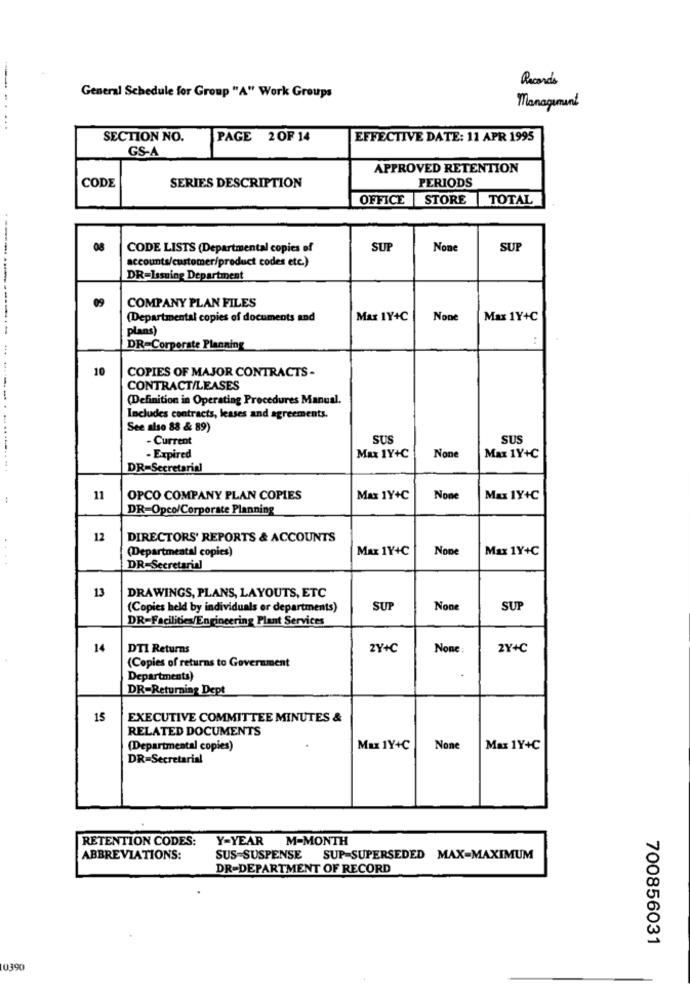
Recordo
General Schedule for Group "A" Work Groups
Management
SECTION NO.
PAGE 2OF 14
EFFECTIVE DATE: 11 APR 1995
GS-A
APPROVED RETENTION
CODE
PERIODS
SERIES DESCRIPTION
OFFICE STORE TOTAL
08
CODE LISTS (Departmental copies of
SUP
SUP
accounts/customer/product codes etc.)
DR=Issuing Department
COMPANY PLAN FILES
(Departmental copies of documents and
Max 1Y+C
Max 1Y+C
------ ----------
plans)
DR=Corporate Planning
10
COPIES OF MAJOR CONTRACTS -
CONTRACT/LEASES
(Definition in Operating Procedures Manual.
Includes contracts, leases and agreements.
See also 88 & 89)
- Current
SUS
SUS
- Expired
Max 1Y+C
Max 1Y+C
---------- -----.....
DR=Secretarial
:
11
OPCO COMPANY PLAN COPIES
Max 1Y+C
Max 1Y+C
DR-Opco/Corporate Planning
12
DIRECTORS' REPORTS & ACCOUNTS
(Departmental copies)
Max 1Y+C
Max 1Y+C
....
DR-Secretarial
13
DRAWINGS, PLANS, LAYOUTS, ETC
(Copies held by individuals or departments)
SUP
SUP
DR-Facilities/Engineering Plant Services
14
DTI Returns
ZY+C
2Y+C
(Copies of returns to Government
Departments)
DR-Returning Dept
15
EXECUTIVE COMMITTEE MINUTES &
RELATED DOCUMENTS
(Departmental copies)
Max 1Y+C
Max 1Y+C
DR=Secretarial
RETENTION CODES:
Y-YEAR M-MONTH
ABBREVIATIONS:
SUS=SUSPENSE SUP-SUPERSEDED MAX-MAXIMUM
DR-DEPARTMENT OF RECORD
700856031
10390